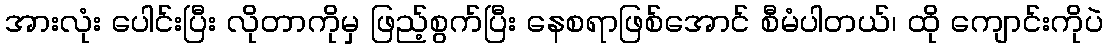
အားလုံး ပေါင်းပြီး လိုတာကိုမှ ဖြည့်စွက်ပြီး နေစရာဖြစ်အောင် စီမံပါတယ်၊ ထို ကျောင်းကိုပဲ